Scottish Leaving Certificate Examination, 1956
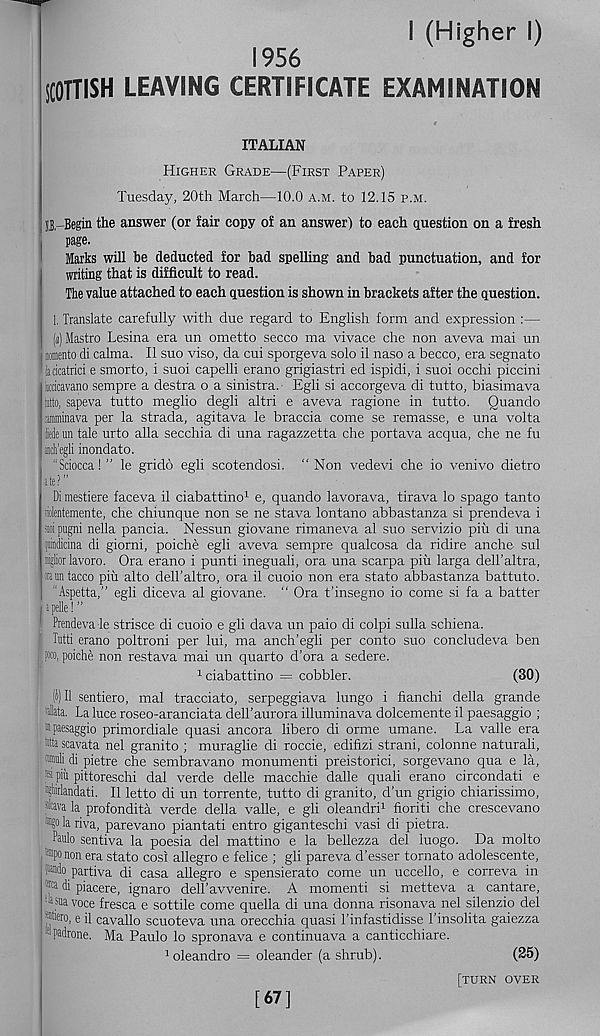
I (Higher I)
1956
SCOTTISH LEAVING CERTIFICATE EXAMINATION
ITALIAN
Higher Grade—(First Paper)
Tuesday, 20th March—10.0 a.m. to 12.15 p.m.
II,-Begin the answer (or fair copy of an answer) to each question on a fresh
page.
Marks will he deducted for bad spelling and bad punctuation, and for
writing that is difficult to read.
The value attached to each question is shown in brackets after the question.
1. Translate carefully with due regard to English form and expression :—
( а) Mastro Lesina era un ometto secco ma vivace che non aveva mai un
nmento di calma. II suo viso, da cui sporgeva solo il naso a becco, era segnato
iaricatrici e smorto, i suoi capelli erano grigiastri ed ispidi, i suoi occhi piccini
kcicavano sempre a destra o a sinistra. Egli si accorgeva di tutto, biasimava
atto, sapeva tutto meglio degli altri e aveva ragione in tutto. Quando
amminava per la strada, agitava le braccia come se remasse, e una volta
iedeun tale urto alia secchia di una ragazzetta che portava acqua, che ne fu
inth’egli inondato.
"Sciocca!” le grido egli scotendosi. ‘‘Non vedevi che io venivo dietro
ite?
Di mestiere faceva il ciabattino 1 e, quando lavorava, tirava lo spago tanto
liolentemente, che chiunque non se ne stava lontano abbastanza si prendeva i
sripugni nella panda. Nessun giovane rimaneva al suo servizio piu di una
pdicina di giorni, poiche egli aveva sempre qualcosa da ridire anche sul
miglior lavoro. Ora erano i punti ineguali, ora una scarpa piu larga delTaltra,
«on faced piu alto dell’altro, ora il cuoio non era stato abbastanza battuto.
“Aspetta,” egli diceva al giovane. “ Ora t’insegno io come si fa a batter
i pdle! ”
Prendeva le strisce di cuoio e gli dava un paio di colpi sulla schiena.
Tutti erano poltroni per lui, ma anch’egli per conto suo concludeva ben
Po. poiche non restava mai un quarto d’ora a sedere.
1 ciabattino = cobbler.
(30)
( б)
11 sentiero, mai tracciato, serpeggiava lungo i fianchi della
' Jllata. La luce roseo-aranciata dell’aurora illuminava dolcemente il paesaggio ;
ipaesaggio primordiale quasi ancora libero di orme umane. La valle era
Wa scavata nel granito ; muraglie di roccie, edifizi strani, colonne naturali,
•ili di pietre che sembravano monument! preistorici, sorgevano qua e la,
piii pittoreschi dal verde delle macchie dalle quali erano circondati e
'#landati. Il letto di un torrente, tutto di granito, d’un grigio chiarissimo,
'-wa la profondita verde della valle, e gli oleandri 1 fioriti che crescevano
■8° h riva, parevano piantati entro giganteschi vasi di pietra.
Paulo sentiva la poesia del mattino e la bellezza del luogo. Da molto
aiponon era stato cosi allegro e felice ; gli pareva d’esser tomato adolescente,
undo partiva di casa allegro e spensierato come un uccello, e correva in
®a di piacere, ignaro dell’avvenire. A moment! si metteva a cantare,
a.suavoce fresca e sottile come quella di una donna risonava nel silenzio del
%°, e il cavallo scuoteva una orecchia quasi 1’infastidisse 1’insolita gaiezza
L padrone. Ma Paulo lo spronava e continuava a canticchiare.
'oleandro = oleander (a shrub).
(25)
[turn over
[67]